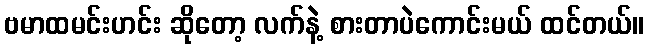
ဗမာထမင်းဟင်း ဆိုတော့ လက်နဲ့ စားတာပဲကောင်းမယ် ထင်တယ်။